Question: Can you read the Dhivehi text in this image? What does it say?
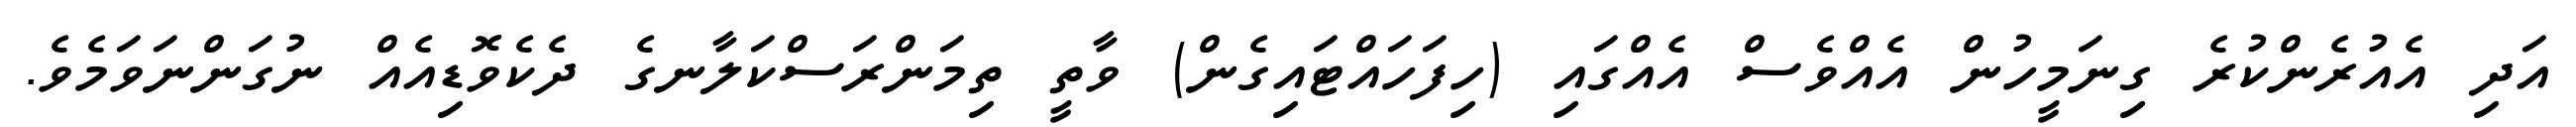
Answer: އަދި އެއުރެންކުރެ ގިނަމީހުން އެއްވެސް އެއްގައި (ހިފަހައްޓައިގެން) ވާތީ ތިމަންރަސްކަލާނގެ ދެކެވޮޑިއެއް ނުގަންނަވަމެވެ.